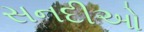
સનદીઓ